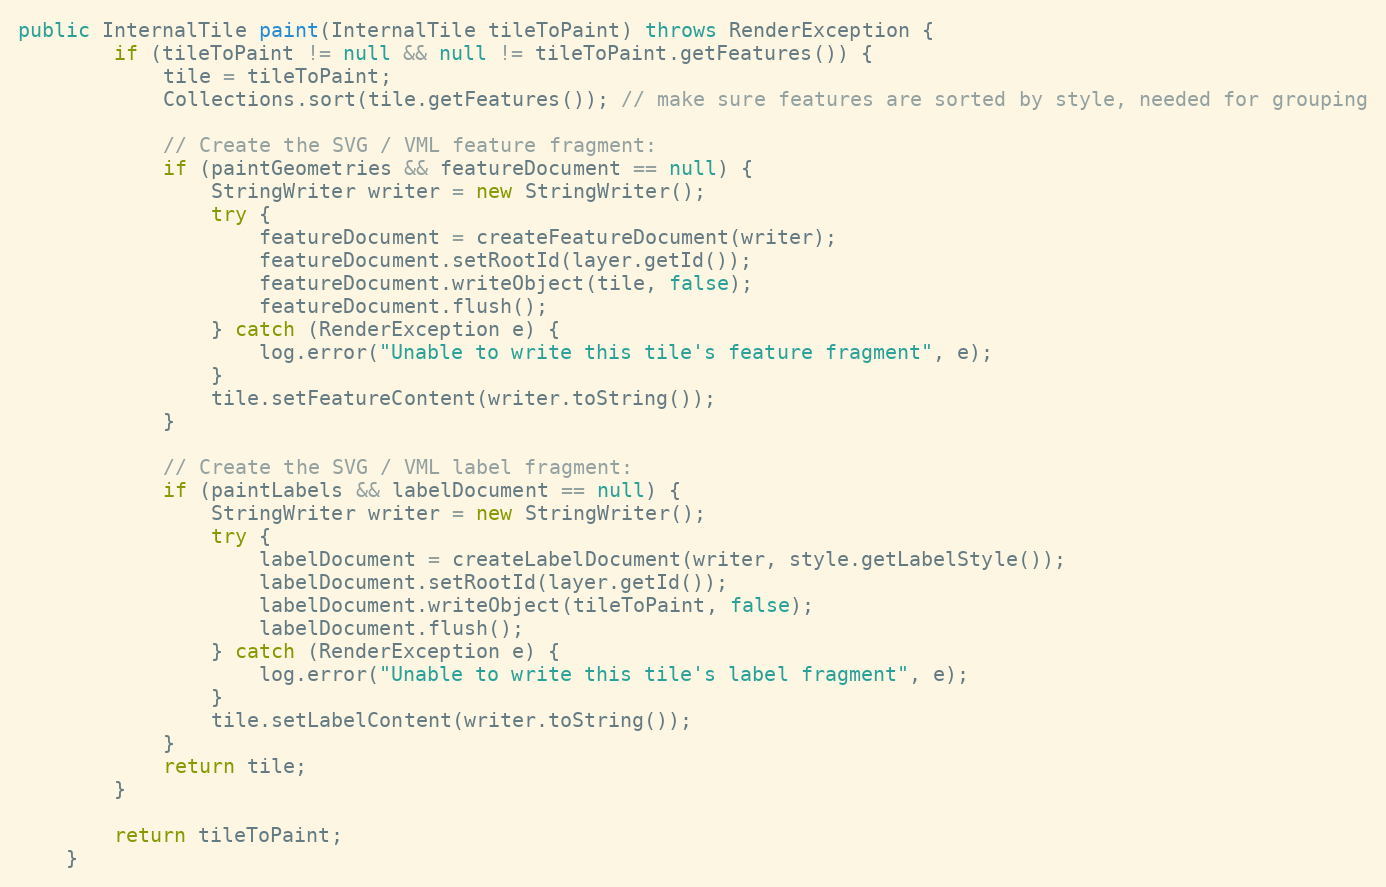
Language: Java
public InternalTile paint(InternalTile tileToPaint) throws RenderException {
		if (tileToPaint != null && null != tileToPaint.getFeatures()) {
			tile = tileToPaint;
			Collections.sort(tile.getFeatures()); // make sure features are sorted by style, needed for grouping

			// Create the SVG / VML feature fragment:
			if (paintGeometries && featureDocument == null) {
				StringWriter writer = new StringWriter();
				try {
					featureDocument = createFeatureDocument(writer);
					featureDocument.setRootId(layer.getId());
					featureDocument.writeObject(tile, false);
					featureDocument.flush();
				} catch (RenderException e) {
					log.error("Unable to write this tile's feature fragment", e);
				}
				tile.setFeatureContent(writer.toString());
			}

			// Create the SVG / VML label fragment:
			if (paintLabels && labelDocument == null) {
				StringWriter writer = new StringWriter();
				try {
					labelDocument = createLabelDocument(writer, style.getLabelStyle());
					labelDocument.setRootId(layer.getId());
					labelDocument.writeObject(tileToPaint, false);
					labelDocument.flush();
				} catch (RenderException e) {
					log.error("Unable to write this tile's label fragment", e);
				}
				tile.setLabelContent(writer.toString());
			}
			return tile;
		}

		return tileToPaint;
	}